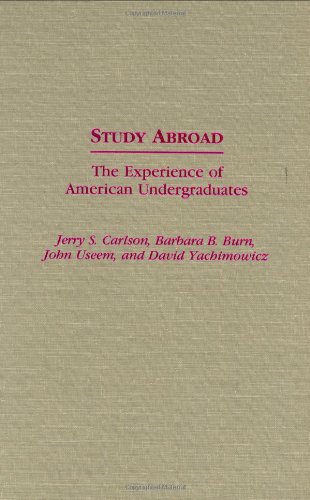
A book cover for Study Abroad: The Experience of American Undergraduates (Contributions to the Study of Education); Jerry S. Carlson; Travel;